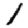
Digit: 1